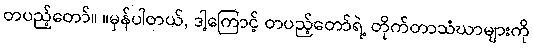
တပည့်တော်။ ။မှန်ပါတယ်, ဒါ့ကြောင့် တပည့်တော်ရဲ့ တိုက်တာသံဃာများကို